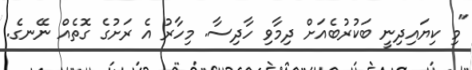
"މި ކިޔައިދިނީ ބަކުރުބެއަށް ދިމާވި ހާދިސާ. މިހާރު އެ ރަށުގެ ގޮތެއް ނޭނގެ.